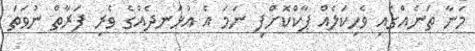
މަނާ ތަނެއްގައި ވެހިކަލެއް ޕާކްކޮށްފި ނަމަ އެ އުޅަނދެއްގެ ވެރި ފަރާތް ނުވަތަ